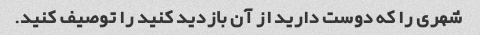
شهری را که دوست دارید از آن بازدید کنید را توصیف کنید.